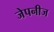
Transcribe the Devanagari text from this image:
जेपनीज